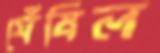
ঘেঁষিল